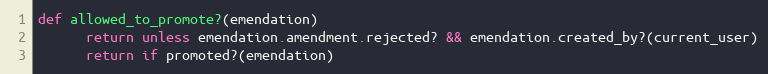
Language: Ruby
def allowed_to_promote?(emendation)
      return unless emendation.amendment.rejected? && emendation.created_by?(current_user)
      return if promoted?(emendation)